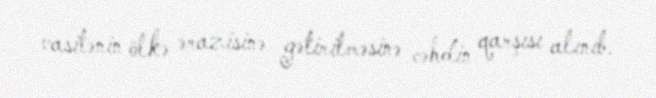
vasitənin ölkə ərazisinə gətirilməsinə cəhdin qarşısı alınıb.